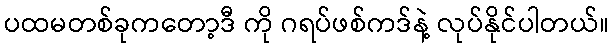
ပထမတစ်ခုကတော့ဒီ ကို ဂရပ်ဖစ်ကဒ်နဲ့ လုပ်နိုင်ပါတယ်။